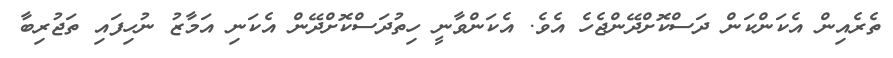
ތެރެއިން އެކަންކަން ދަސްކޮށްދޭންޖެހެ އެވެ. އެކަންވާނީ ހިތުދަސްކޮށްދޭން އެކަނި އަމާޒު ނުހިފައި ތަޖުރިބާ